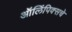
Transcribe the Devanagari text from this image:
ऑलिंपिक्सचे